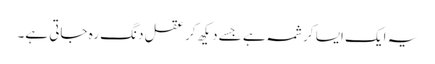
یہ ایک ایسا کرشمہ ہے جسے دیکھ کر عقل دنگ رہ جاتی ہے۔